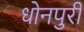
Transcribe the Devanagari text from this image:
धोनपुरी